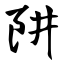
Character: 阱